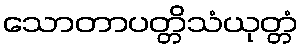
သောတာပတ္တိသံယုတ္တံ